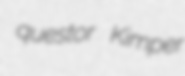
questor Kimper